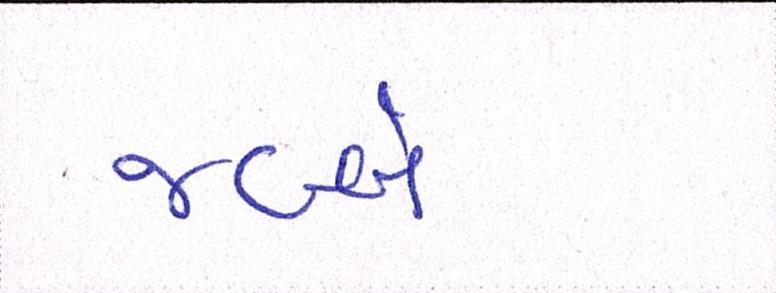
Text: જબ્બે